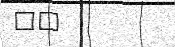
٣٥